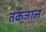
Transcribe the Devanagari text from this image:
तर्कजाल